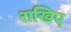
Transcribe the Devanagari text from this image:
राखिए